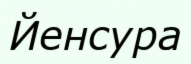
Йенсура